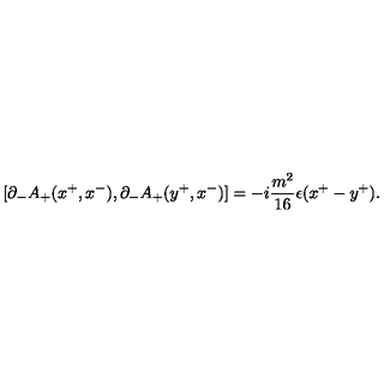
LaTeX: [ { \partial } _ { - } A _ { + } ( x ^ { + } , x ^ { - } ) , { \partial } _ { - } A _ { + } ( y ^ { + } , x ^ { - } ) ] = - i \frac { m ^ { 2 } } { 1 6 } { \epsilon } ( x ^ { + } - y ^ { + } ) .